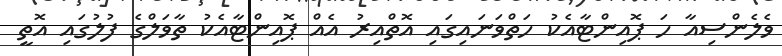
ވެލެންސިއާ ހަ ޕޮއިންޓާއެކު ހަތްވަނައިގައި އޮތްއިރު އެއް ޕޮއިންޓާއެކު ތާވަލްގެ ފުލުގައި އޮތީ